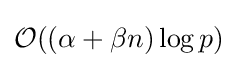
{\mathcal {O}}((\alpha +\beta n)\log p)